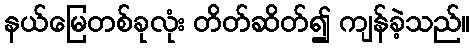
နယ်မြေတစ်ခုလုံး တိတ်ဆိတ်၍ ကျန်ခဲ့သည်။